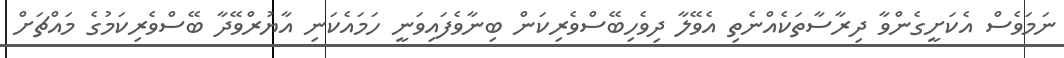
ނަމަވެސް އެކަށީގެންވާ ދިރާސާތަކެއްނެތި އެވޭލާ ދިވެހިބޭސްވެރިކަން ބިނާވެފައިވަނީ ހަމައެކަނި އާޔުރްވޭދާ ބޭސްވެރިކަމުގެ މައްޗަށް